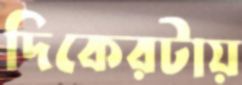
দিকেরটায়